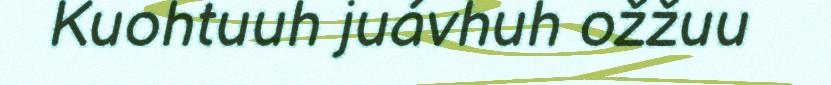
Kuohtuuh juávhuh ožžuu